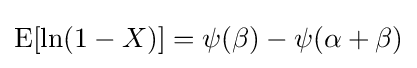
\operatorname {E} [\ln(1-X)]=\psi (\beta )-\psi (\alpha +\beta )